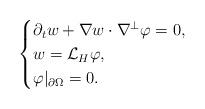
LaTeX: \begin{align*}\begin{cases}\partial_t w+\nabla w\cdot \nabla^\perp\varphi=0,\\w=\mathcal{L}_H\varphi,\\\varphi|_{\partial \Omega}=0.\end{cases}\end{align*}